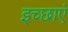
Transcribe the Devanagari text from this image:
इच्‍छाएं